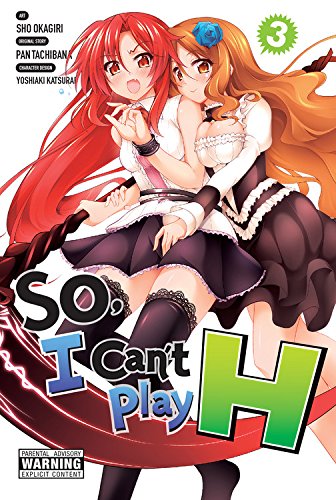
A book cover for So, I Can't Play H, Vol. 3; Pan Tachibana; Teen & Young Adult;